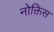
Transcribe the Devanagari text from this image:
नोक्तिस